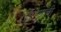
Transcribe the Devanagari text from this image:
रक्षिण्याची